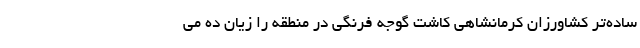
ساده‌تر کشاورزان کرمانشاهی کاشت گوجه فرنگی در منطقه را زیان ده می